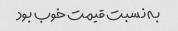
به نسبت قیمت خوب بود